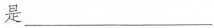
是___